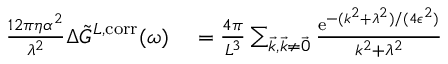
\begin{array} { r l } { \frac { 1 2 \pi \eta \alpha ^ { 2 } } { \lambda ^ { 2 } } \Delta \Tilde { G } ^ { L , \mathrm { c o r r } } ( \omega ) } & { { } = \frac { 4 \pi } { L ^ { 3 } } \sum _ { \vec { k } , \vec { k } \neq \vec { 0 } } \frac { \mathrm { e } ^ { - ( k ^ { 2 } + \lambda ^ { 2 } ) / ( 4 \epsilon ^ { 2 } ) } } { k ^ { 2 } + \lambda ^ { 2 } } } \end{array}